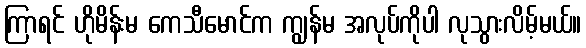
ကြာရင် ဟိုမိန်းမ ကေသီမောင်က ကျွန်မ အလုပ်ကိုပါ လုသွားလိမ့်မယ်။